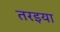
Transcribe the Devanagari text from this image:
तरइया